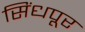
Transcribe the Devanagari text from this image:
सिंधपूर